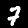
Label: 7